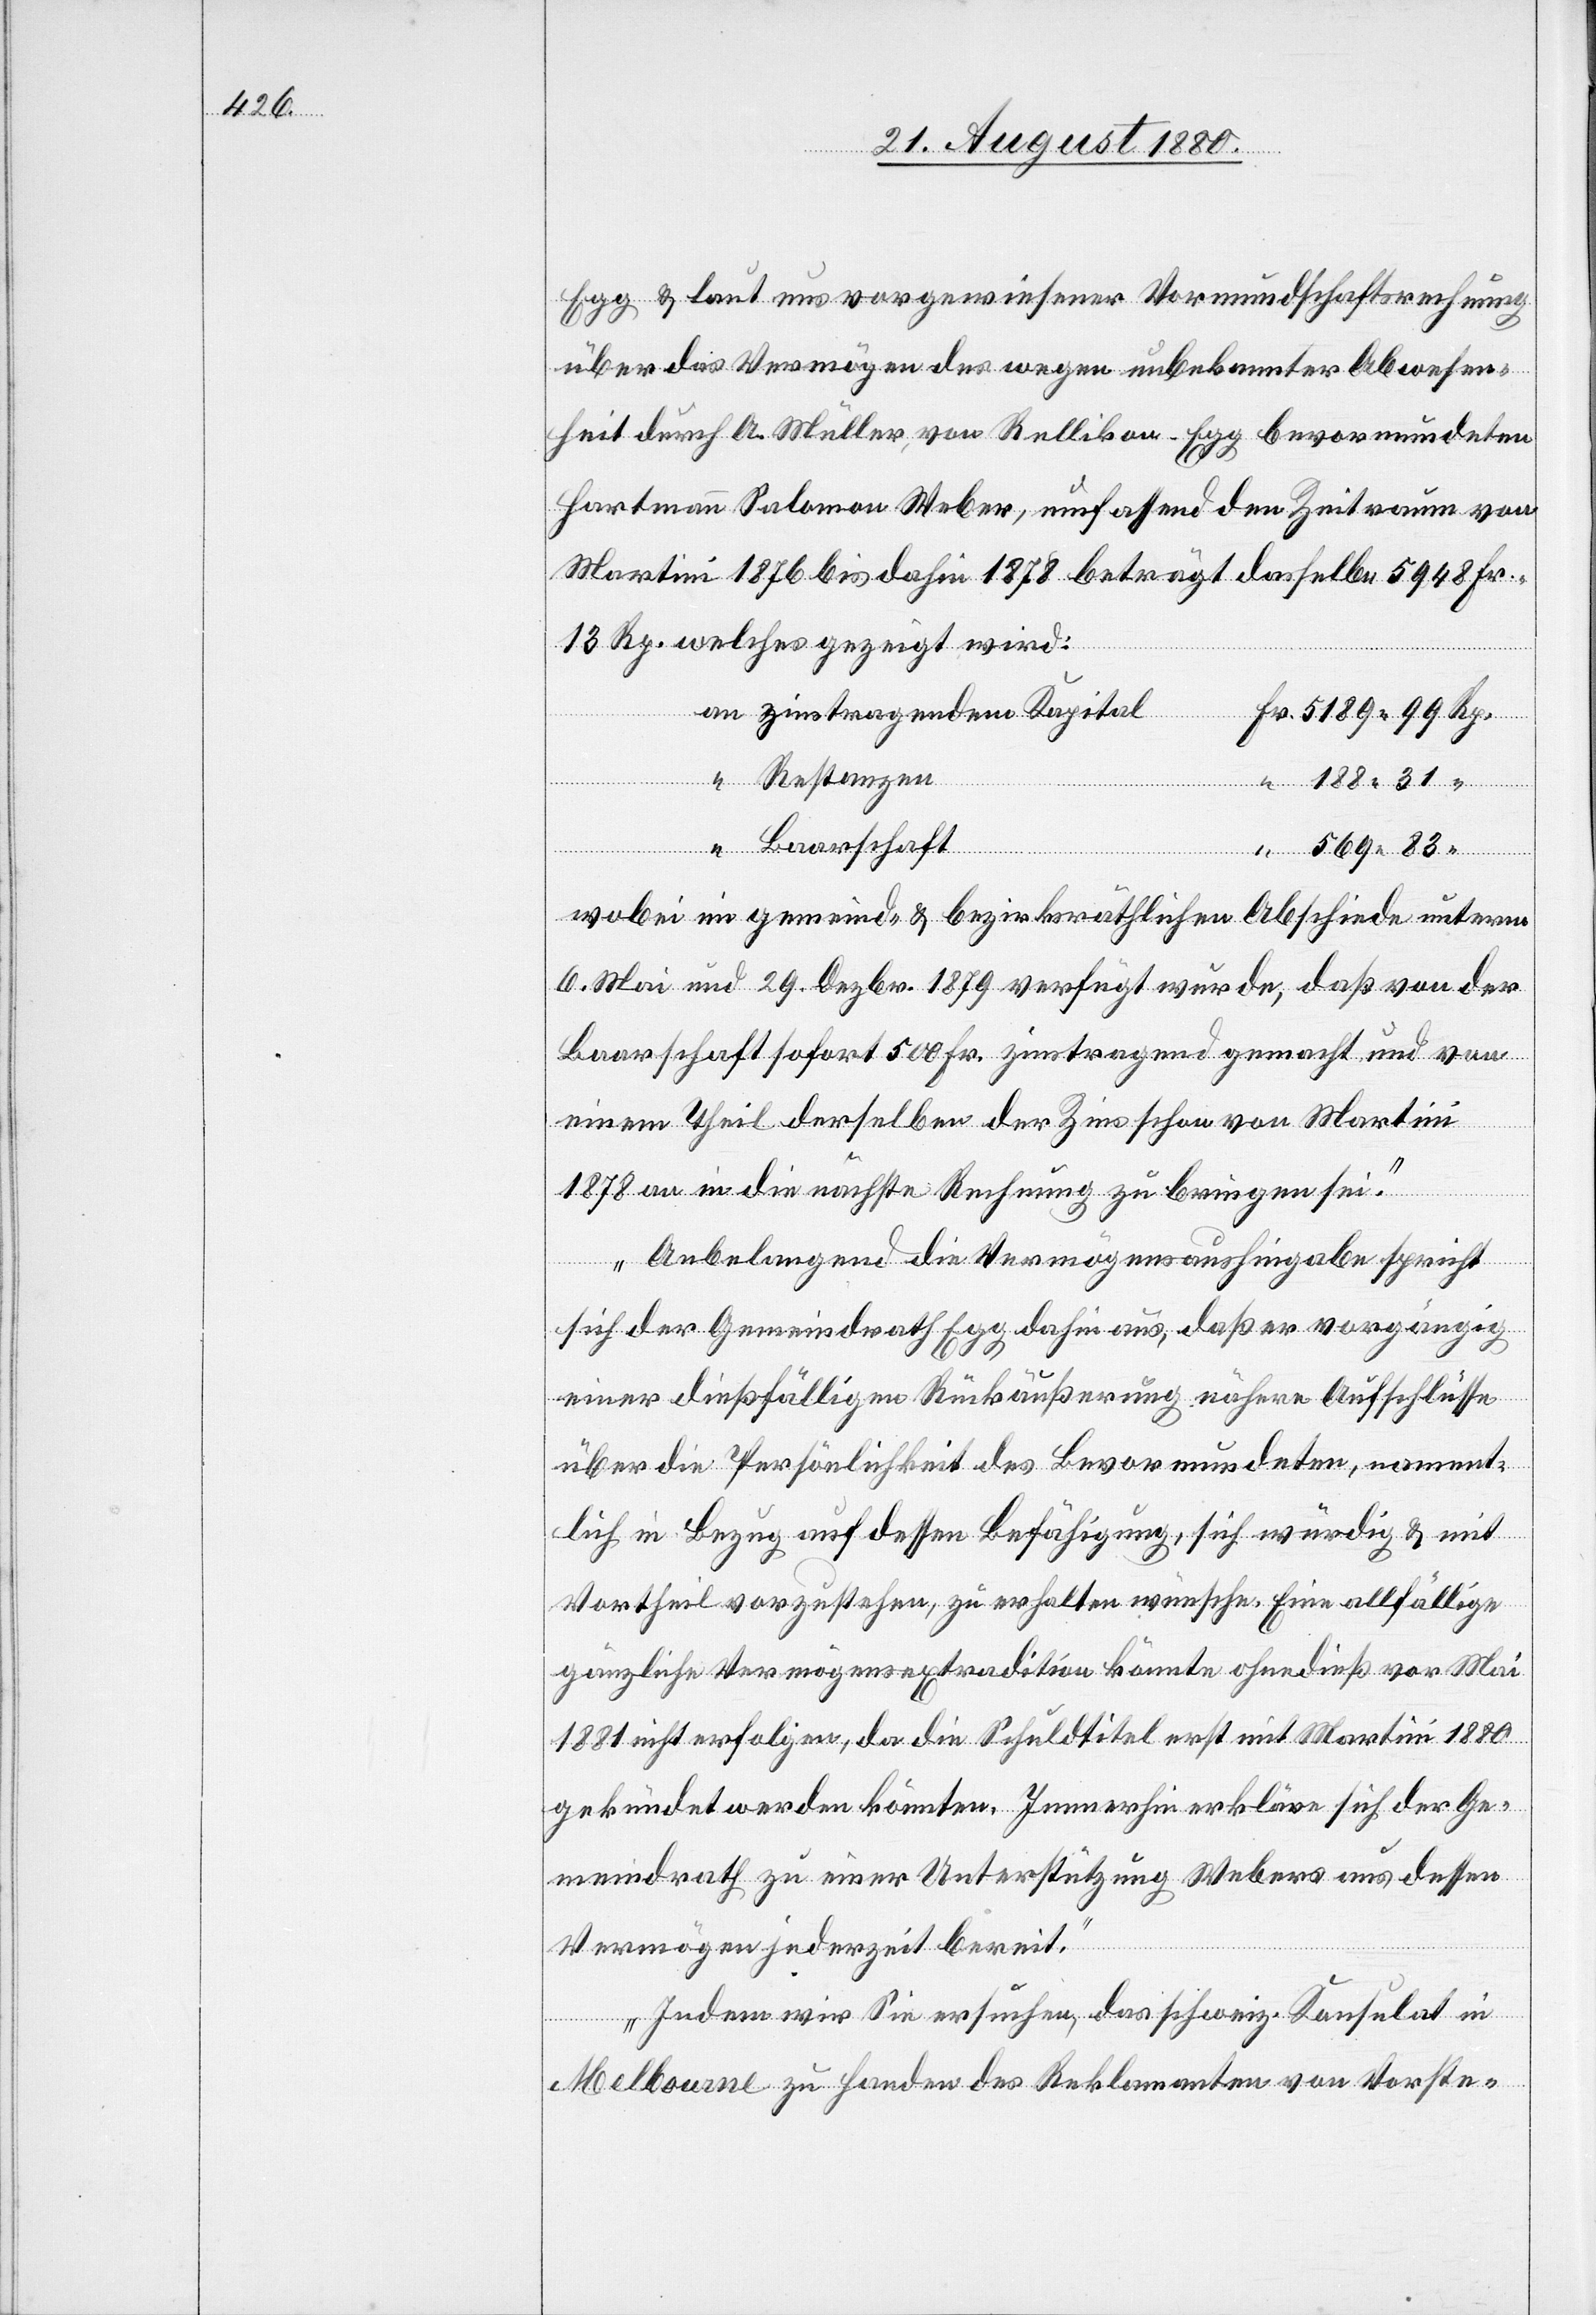
Fr.
Egg & laut uns vorgewiesener Vormundschaftsrechnung
über das Vermögen des wegen unbekannter Abwesen¬
heit durch A. Müller, von Rellikion - Egg bevormundeten
Hartmann Salomon Weber, umfassend den Zeitraum von
Martini 1876 bis dahin 1878 beträgt dasselbe 5948 Fr.
13 Rp. welches gezeigt wird:
zinstragendem Kapital
Restanzen
Baarschaft
wobei im gemeind- & bezirksräthlichen Abschiede unterm
6. Mai und 29. Debr. 1879 verfügt wurde, daß von der
Baarschaft sofort 500 Fr. zinstragend gemacht und von
einem Theil derselben der Zins schon von Martini
1878 an in die nächste Rechnung zu bringen sei.
Anbelangend die Vermögensaushingabe spricht
sich der Gemeindrath Egg dahin aus, daß er vorgängig
einer dießfälligen Rückäußerung nähere Aufschlüsse
über die Persönlichkeit des Bevormundeten, namment¬
lich in Bezug auf dessen Befähigung, sich würdig & mit
Vortheil vorzustehen, zu erhalten wünsche. Eine allfällige
gänzliche Vermögensextradition könnte ohnedieß vor Mai
1881 nicht erfolgen, da die Schuldtitel erst mit Martini 1880
gekündet werden könnten. Immerhin erkläre sich der Ge¬
meindrath zu einer Unterstützung Webers aus dessen
Vermögen jederzeit bereit.
Indem wir Sie ersuchen, das schweiz. Konsulat in
Melbourne zu Handen des Reklamanten von Vorste-